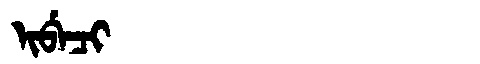
Manchu: ᡳᠪᡝᠴᡳ
Romanization: IBECI